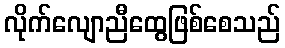
လိုက်လျောညီထွေဖြစ်စေသည်